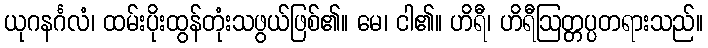
ယုဂနင်္ဂလံ၊ ထမ်းပိုးထွန်တုံးသဖွယ်ဖြစ်၏။ မေ၊ ငါ၏။ ဟိရီ၊ ဟိရီဩတ္တပ္ပတရားသည်။